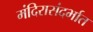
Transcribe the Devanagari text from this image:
मंदिरासंदर्भात